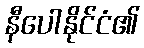
နီပေါနိုင်ငံ၏